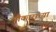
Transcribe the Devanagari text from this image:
चौकाराच्या